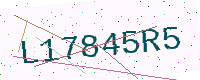
Text: L17845R5